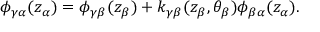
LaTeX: \phi _ { \gamma \alpha } ( z _ { \alpha } ) = \phi _ { \gamma \beta } ( z _ { \beta } ) + k _ { \gamma \beta } ( z _ { \beta } , \theta _ { \beta } ) \phi _ { \beta \alpha } ( z _ { \alpha } ) .